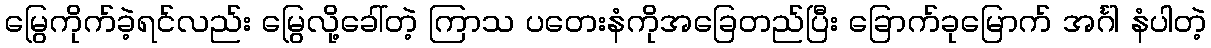
မြွေကိုက်ခဲ့ရင်လည်း မြွေလို့ခေါ်တဲ့ ကြာသ ပတေးနံကိုအခြေတည်ပြီး ခြောက်ခုမြောက် အင်္ဂါ နံပါတဲ့